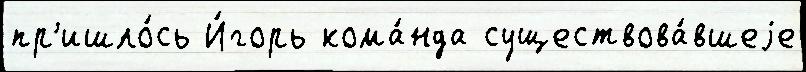
пр'ишло́сь И́горь кома́нда существова́вшеjе